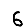
Digit: 6